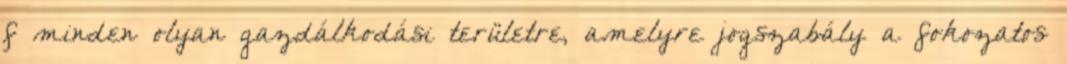
f minden olyan gazdálkodási területre, amelyre jogszabály a fokozatos